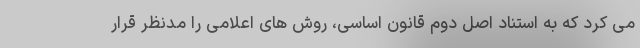
می کرد که به استناد اصل دوم قانون اساسی، روش های اعلامی را مدنظر قرار